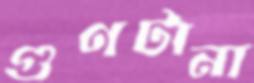
গুণটানা